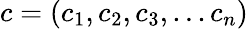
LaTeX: c=(c_{1},c_{2},c_{3},...c_{n})